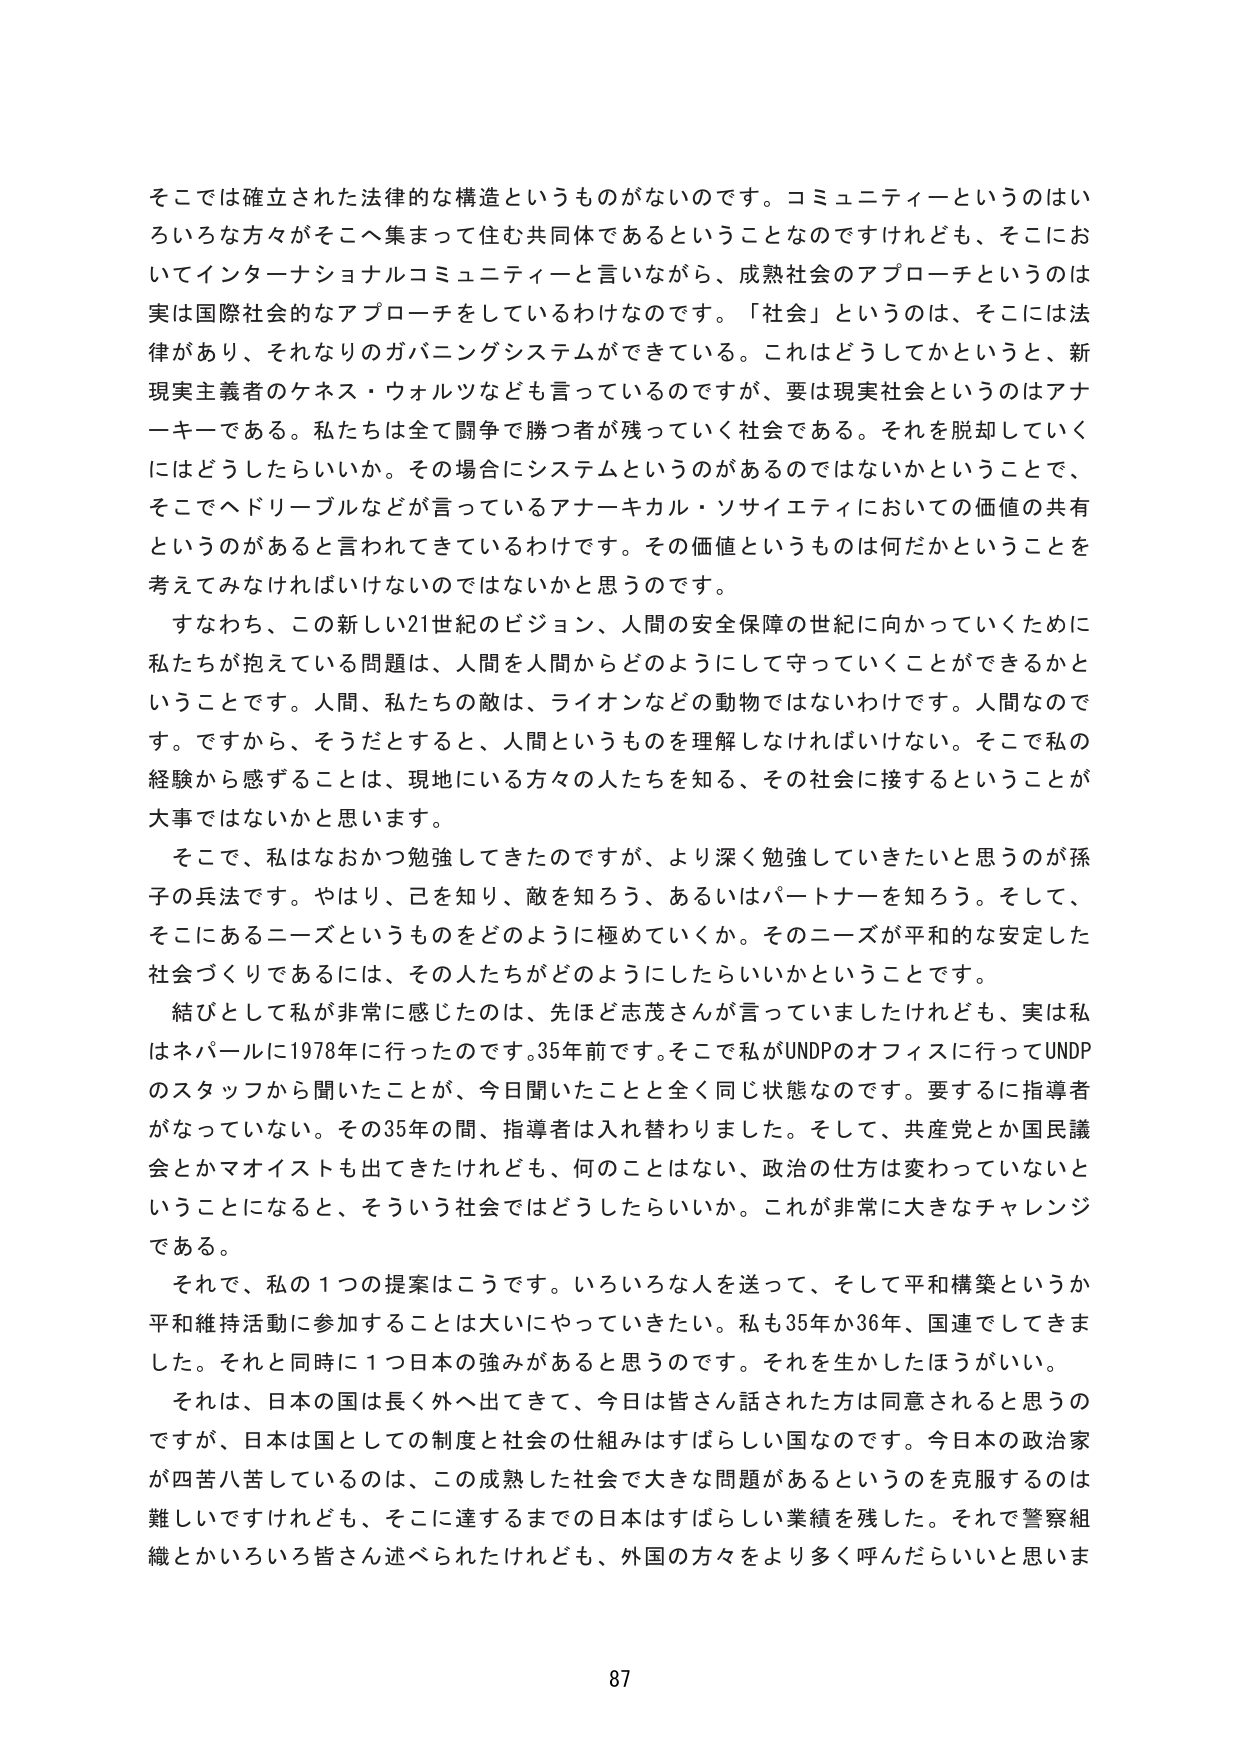
そこでは確立された法律的な構造というものがないのです。コミュニティというのはいろいろな方々がそこへ集まって住む共同体であるということなのですけれども、そこにおいてインターナショナルコミュニティと言いながら、成熟社会のアプローチというのは実は国際社会的なアプローチをしているわけなのです。「社会」というのは、そこには法律があり、それなりのガバニングシステムができている。これはどうしてかというと、新現実主義者のケネス・ウォルツなども言っているのですが、要は現実社会というのはアナーキーである。私たちは全て闘争で勝つ者が残っていく社会である。それを脱却していくにはどうしたらいいか。その場合にシステムというのあるのではないかということで、そこでヘドリーブルなどが言っているアナーキカル・ソサイエティにおいての価値の共有というのがあると言われてきているわけです。その価値というものは何だかということを考えてみなければならないのではないかと思うのです。

すなわち、この新しい21世紀のビジョン、人間の安全保障の世紀に向かっていくために私たちが抱えている問題は、人間を人間からどのようにして守っていくことができるかということです。人間、私たちの敵は、ライオンなどの動物ではないわけです。人間なのです。ですから、そうだとすると、人間というものを理解しなければいけない。そこで私の経験から感じることは、現地にいる方々の人たちを知る、その社会に接するということが大事ではないかと思います。

そこで、私はなおかつ勉強してきたのですが、より深く勉強していきたいと思うのが孫子の兵法です。やはり、己を知り、敵を知ろう、あるいはパートナーを知ろう。そして、そこにあるニーズというものをどのように極めていくか。そのニーズが平和的な安定した社会づくりであるには、その人たちがどのようにしたらいいかということです。

結びとして私が非常に感じたのは、先ほど志茂さんが言っていましたけれども、実は私はネパールに1978年に行ったのです。35年前です。そこで私がUNDPのオフィスに行ってUNDPのスタッフから聞いたことが、今日聞いたことと全く同じ状態なのです。要するに指導者がなっていない。その35年の間、指導者は入れ替わりました。そして、共産党とか国民議会とかマオイストも出てきたけれども、何のことはない、政治の仕方は変わっていないということになると、そういう社会ではどうしたらいいか。これが非常に大きなチャレンジである。

それで、私の1つの提案はこうです。いろいろな人を送って、そして平和構築というか平和維持活動に参加することは大いにやっていきたい。私も35年か36年、国連でしてきました。それと同時に1つ日本の強みがあると思うのです。それを生かしたほうがいい。

それは、日本の国は長く外へ出てきて、今日は皆さん話された方は同意されると思うのですが、日本は国としての制度と社会の仕組みはすばらしい国なのです。今日本の政治家が四苦八苦しているのは、この成熟した社会で大きな問題があるというのを克服するのは難しいですけれども、そこに達するまでの日本はすばらしい業績を残した。それで警察組織とかいろいろ皆さん述べられたけれども、外国の方々をより多く呼んだらいいと思います

87